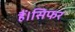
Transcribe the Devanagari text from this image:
हैं।सिफर